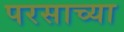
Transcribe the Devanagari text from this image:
परसाच्या